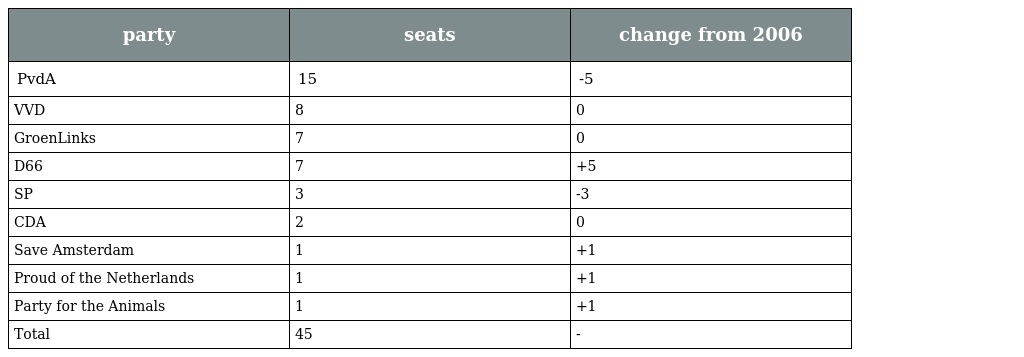
| party | seats | change from 2006 |
 | --- | --- | --- |
 | PvdA | 15 | -5 |
 | VVD | 8 | 0 |
 | GroenLinks | 7 | 0 |
 | D66 | 7 | +5 |
 | SP | 3 | -3 |
 | CDA | 2 | 0 |
 | Save Amsterdam | 1 | +1 |
 | Proud of the Netherlands | 1 | +1 |
 | Party for the Animals | 1 | +1 |
 | Total | 45 | - |